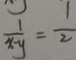
\frac { 1 } { x - y } = \frac { 1 } { 2 }